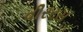
વીરરસ